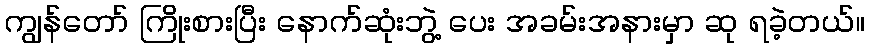
ကျွန်တော် ကြိုးစားပြီး နောက်ဆုံးဘွဲ့ ပေး အခမ်းအနားမှာ ဆု ရခဲ့တယ်။